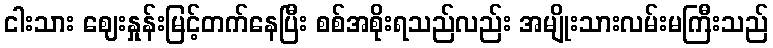
ငါးသား ဈေးနှုန်းမြင့်တက်နေပြီး စစ်အစိုးရသည်လည်း အမျိုးသားလမ်းမကြီးသည်